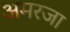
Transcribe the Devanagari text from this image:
अमरजा